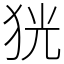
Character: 㹰